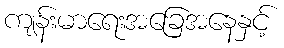
ကျန်းမာရေးအခြေအနေနှင့်